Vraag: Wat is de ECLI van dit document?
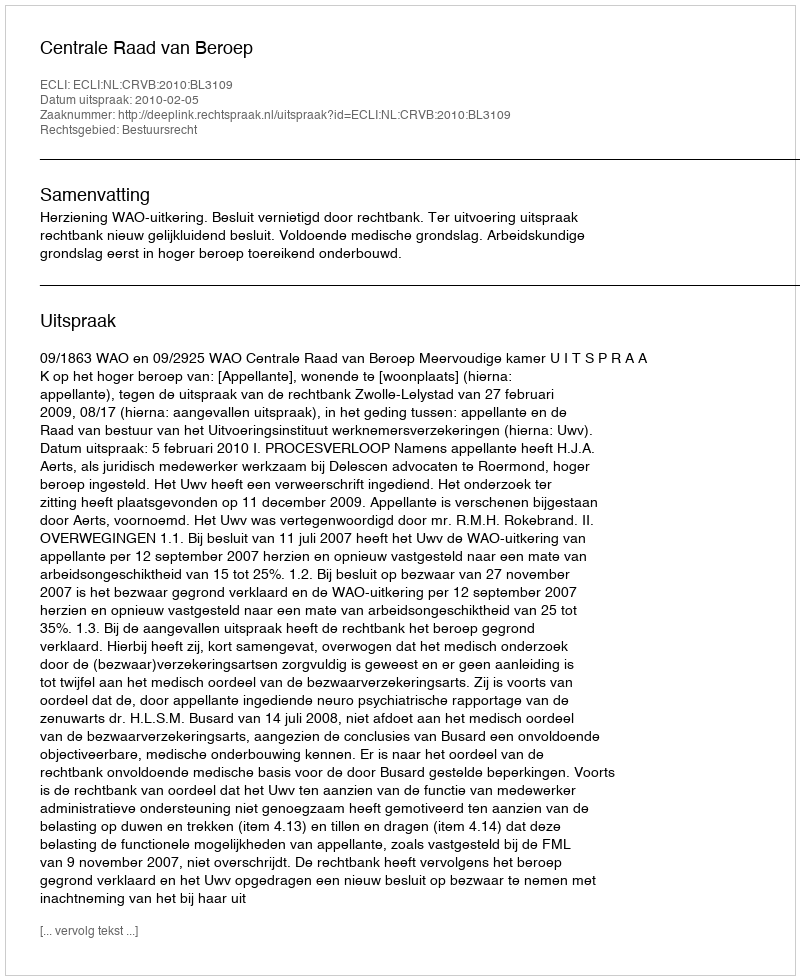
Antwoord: ECLI:NL:CRVB:2010:BL3109